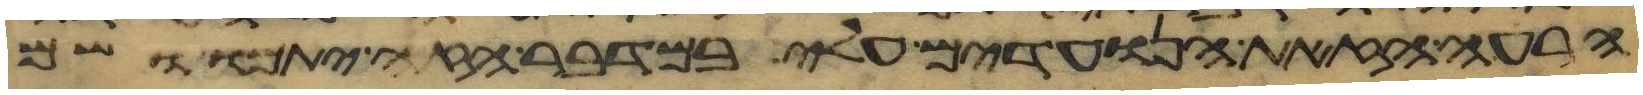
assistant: הרעה הזאת הנועדים עלי במדבר הזה יתמו ושם